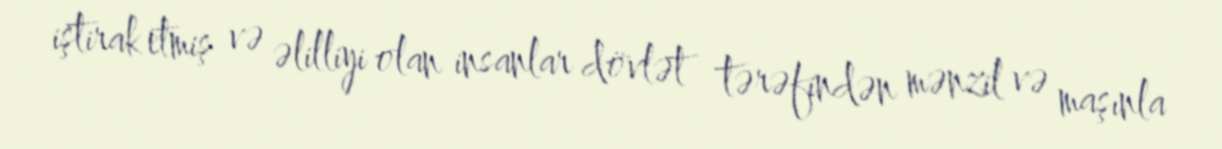
iştirak etmiş və əlilliyi olan insanlar dövlət tərəfindən mənzil və maşınla